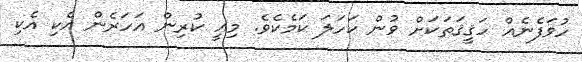
ހުވަފެނެއް ހަޤީޤަތަކަށް ވުން ކަހަލަ ކަމެކެވެ. މިއީ ކުރިން އަހަރެން އެކި އެކި